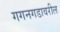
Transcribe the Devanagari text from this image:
गगनगडावरील